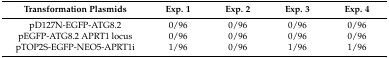
<table><thead><tr><td><b>Transformation Plasmids</b></td><td><b>Exp. 1</b></td><td><b>Exp. 2</b></td><td><b>Exp. 3</b></td><td><b>Exp. 4</b></td></tr></thead><tbody><tr><td>pD127N-EGFP-ATG8.2</td><td>0/96</td><td>0/96</td><td>0/96</td><td>0/96</td></tr><tr><td>pEGFP-ATG8.2 APRT1 locus</td><td>0/96</td><td>0/96</td><td>0/96</td><td>0/96</td></tr><tr><td>pTOP2S-EGFP-NEO5-APRT1i</td><td>1/96</td><td>0/96</td><td>1/96</td><td>1/96</td></tr></tbody></table>